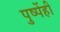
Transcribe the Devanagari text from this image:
पुष्पेंही